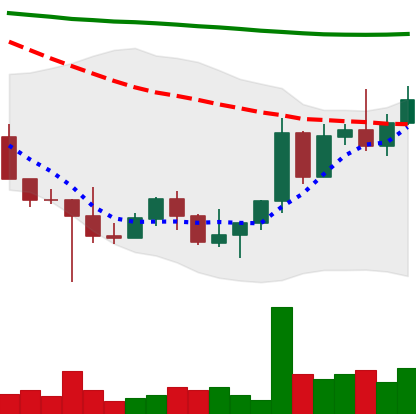
Ticker: NEO-USD
Chart end date: 2022-10-29
Forward return: -5.181%
Label: down_5_7